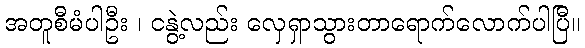
အတူစီမံပါဦး ၊ ငနွဲ့လည်း လှေရှာသွားတာရောက်လောက်ပါပြီ။